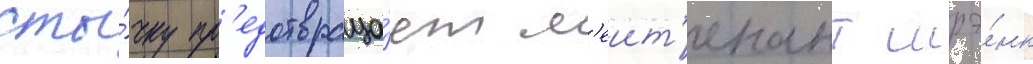
сты́чку пр'едотвраща́ет л'еит'енант шрэ́нк